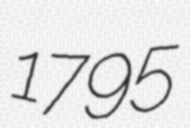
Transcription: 1795